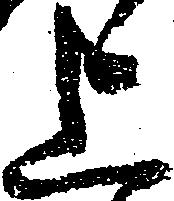
上